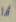
أنا